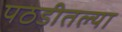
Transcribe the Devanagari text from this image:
पठडीतल्या